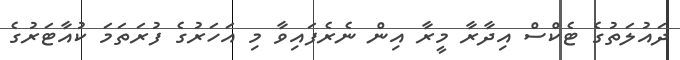
ދައުލަތުގެ ޓެކްސް އިދާރާ މީރާ އިން ނެރެފައިވާ މި އަހަރުގެ ފުރަތަމަ ކުއާޓަރުގެ